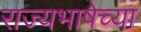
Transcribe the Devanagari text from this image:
राज्यभाषेच्या